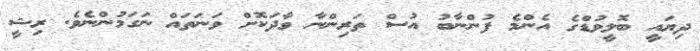
ދިޔައީ ބޮލީވުޑްގެ އެންމެ ފުންނާބު އުސް ތަރިންނާ ވާދަކޮށް ވަނަތައް ނަގަމުންނެވެ. ރިޝީ